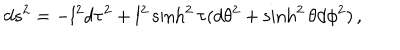
d s ^ { 2 } = - l ^ { 2 } d \tau ^ { 2 } + l ^ { 2 } \sinh ^ { 2 } \tau ( d \theta ^ { 2 } + \sinh ^ { 2 } \theta d \phi ^ { 2 } ) \, ,